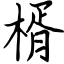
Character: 楈